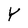
Character: Y